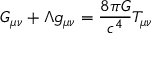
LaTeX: G _ { \mu \nu } + \Lambda g _ { \mu \nu } = { \frac { 8 \pi G } { c ^ { 4 } } } T _ { \mu \nu }